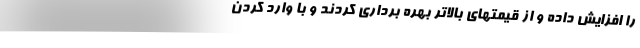
را افزایش داده و از قیمتهای بالاتر بهره برداری کردند و با وارد کردن